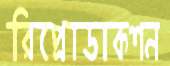
রিপ্রোডাকশন